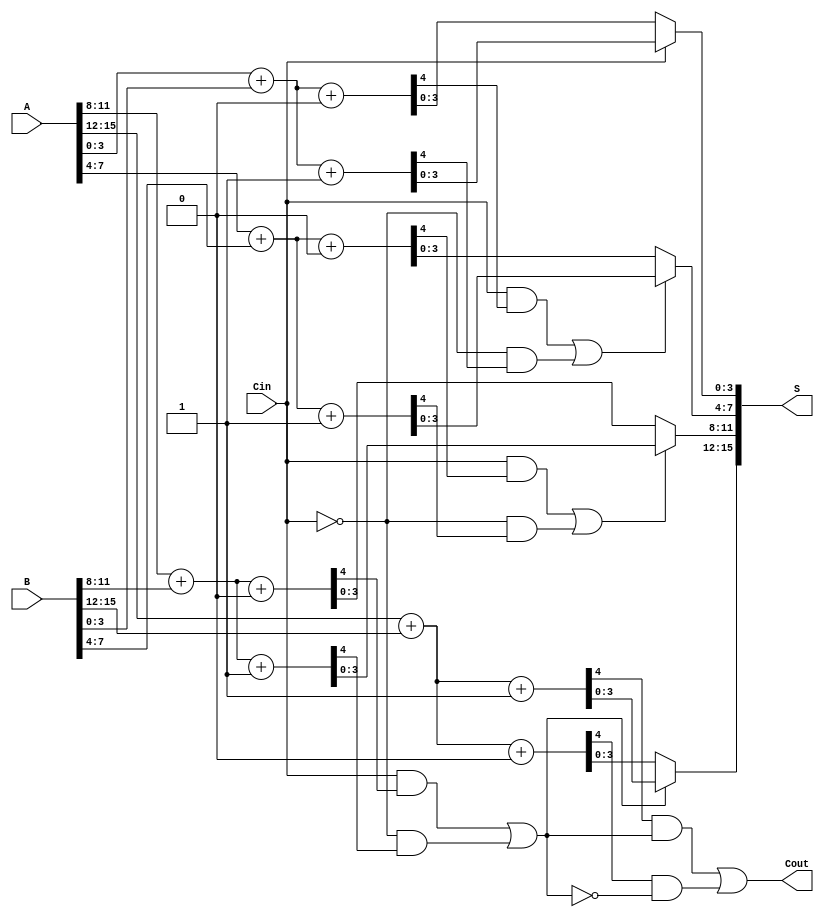
module carry_select_adder #(parameter N = 16, // Total bits
                             parameter K = 4) // Block size
(
    input  [N-1:0] A,      // First n-bit input
    input  [N-1:0] B,      // Second n-bit input
    input  Cin,            // Carry-in
    output [N-1:0] S,      // n-bit sum output
    output Cout            // Carry-out
);

    localparam NUM_BLOCKS = N / K; // Number of blocks
    wire [K-1:0] S0 [0:NUM_BLOCKS-1]; // Sums assuming Cin = 0
    wire [K-1:0] S1 [0:NUM_BLOCKS-1]; // Sums assuming Cin = 1
    wire Cout_0 [0:NUM_BLOCKS-1];     // Carry outs when Cin = 0
    wire Cout_1 [0:NUM_BLOCKS-1];     // Carry outs when Cin = 1
    wire [NUM_BLOCKS-1:0] carry;      // Carry selection signals

    genvar i;
    generate
        for (i = 0; i < NUM_BLOCKS; i = i + 1) begin : block
            wire [K-1:0] A_block = A[i*K +: K];
            wire [K-1:0] B_block = B[i*K +: K];

            // Compute sums and carries for Cin = 0
            assign {Cout_0[i], S0[i]} = A_block + B_block + 1'b0;

            // Compute sums and carries for Cin = 1
            assign {Cout_1[i], S1[i]} = A_block + B_block + 1'b1;

            // Carry selection logic for the next block
            if (i > 0) begin
                assign carry[i] = (Cin & Cout_0[i-1]) | (~Cin & Cout_1[i-1]);
            end else begin
                assign carry[i] = Cin;
            end
        end
    endgenerate

    // Final sum and carry-out selection
    generate
        for (i = 0; i < NUM_BLOCKS; i = i + 1) begin : sum_selection
            assign S[i*K +: K] = (carry[i]) ? S1[i] : S0[i];
        end
    endgenerate

    // Final carry-out
    assign Cout = Cout_1[NUM_BLOCKS-1] & carry[NUM_BLOCKS-1] | Cout_0[NUM_BLOCKS-1] & ~carry[NUM_BLOCKS-1];

endmodule